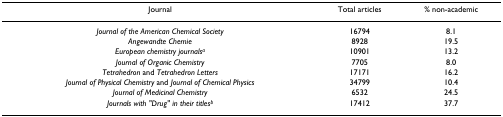
<table><thead><tr><td><b>Journal</b></td><td><b>Total articles</b></td><td><b>% non-academic</b></td></tr></thead><tbody><tr><td><i>Journal of the American Chemical Society</i></td><td>16794</td><td>8.1</td></tr><tr><td><i>Angewandte Chemie</i></td><td>8928</td><td>19.5</td></tr><tr><td><i>European chemistry journals</i><sup><i>a</i></sup></td><td>10901</td><td>13.2</td></tr><tr><td><i>Journal of Organic Chemistry</i></td><td>7705</td><td>8.0</td></tr><tr><td><i>Tetrahedron </i>and <i>Tetrahedron Letters</i></td><td>17171</td><td>16.2</td></tr><tr><td><i>Journal of Physical Chemistry </i>and <i>Journal of Chemical Physics</i></td><td>34799</td><td>10.4</td></tr><tr><td><i>Journal of Medicinal Chemistry</i></td><td>6532</td><td>24.5</td></tr><tr><td><i>Journals with &quot;Drug&quot; in their titles</i><sup><i>b</i></sup></td><td>17412</td><td>37.7</td></tr></tbody></table>